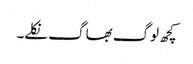
کچھ لوگ بھاگ نکلے۔